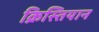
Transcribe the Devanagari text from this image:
क्रिस्तियान